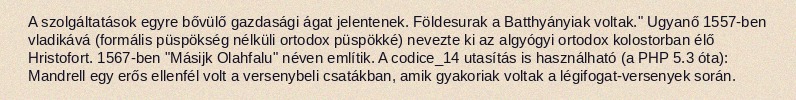
A szolgáltatások egyre bővülő gazdasági ágat jelentenek. Földesurak a Batthyányiak voltak." Ugyanő 1557-ben vladikává (formális püspökség nélküli ortodox püspökké) nevezte ki az algyógyi ortodox kolostorban élő Hristofort. 1567-ben "Másijk Olahfalu" néven említik. A codice_14 utasítás is használható (a PHP 5.3 óta): Mandrell egy erős ellenfél volt a versenybeli csatákban, amik gyakoriak voltak a légifogat-versenyek során.